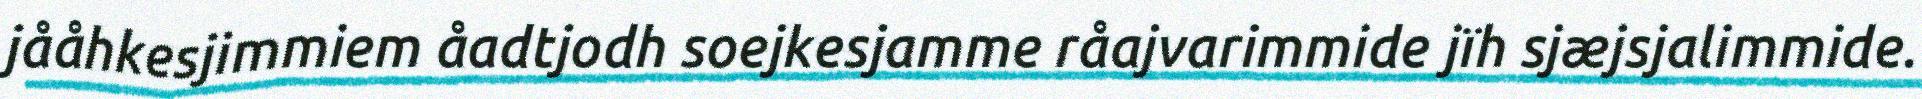
jååhkesjimmiem åadtjodh soejkesjamme råajvarimmide jïh sjæjsjalimmide.